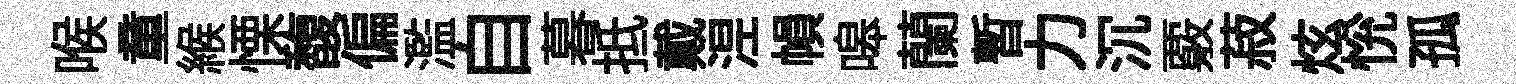
喉童緱慄馥偏濫自暮抵戴𣵀𢄙嗥蘭暫力沉覈菽炫恱孤